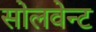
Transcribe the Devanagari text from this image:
सोलवेन्ट